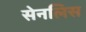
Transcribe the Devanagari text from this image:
सेनलिस